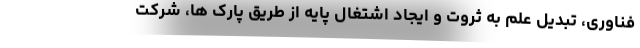
فناوری، تبدیل علم به ثروت و ایجاد اشتغال پایه از طریق پارک ها، شرکت